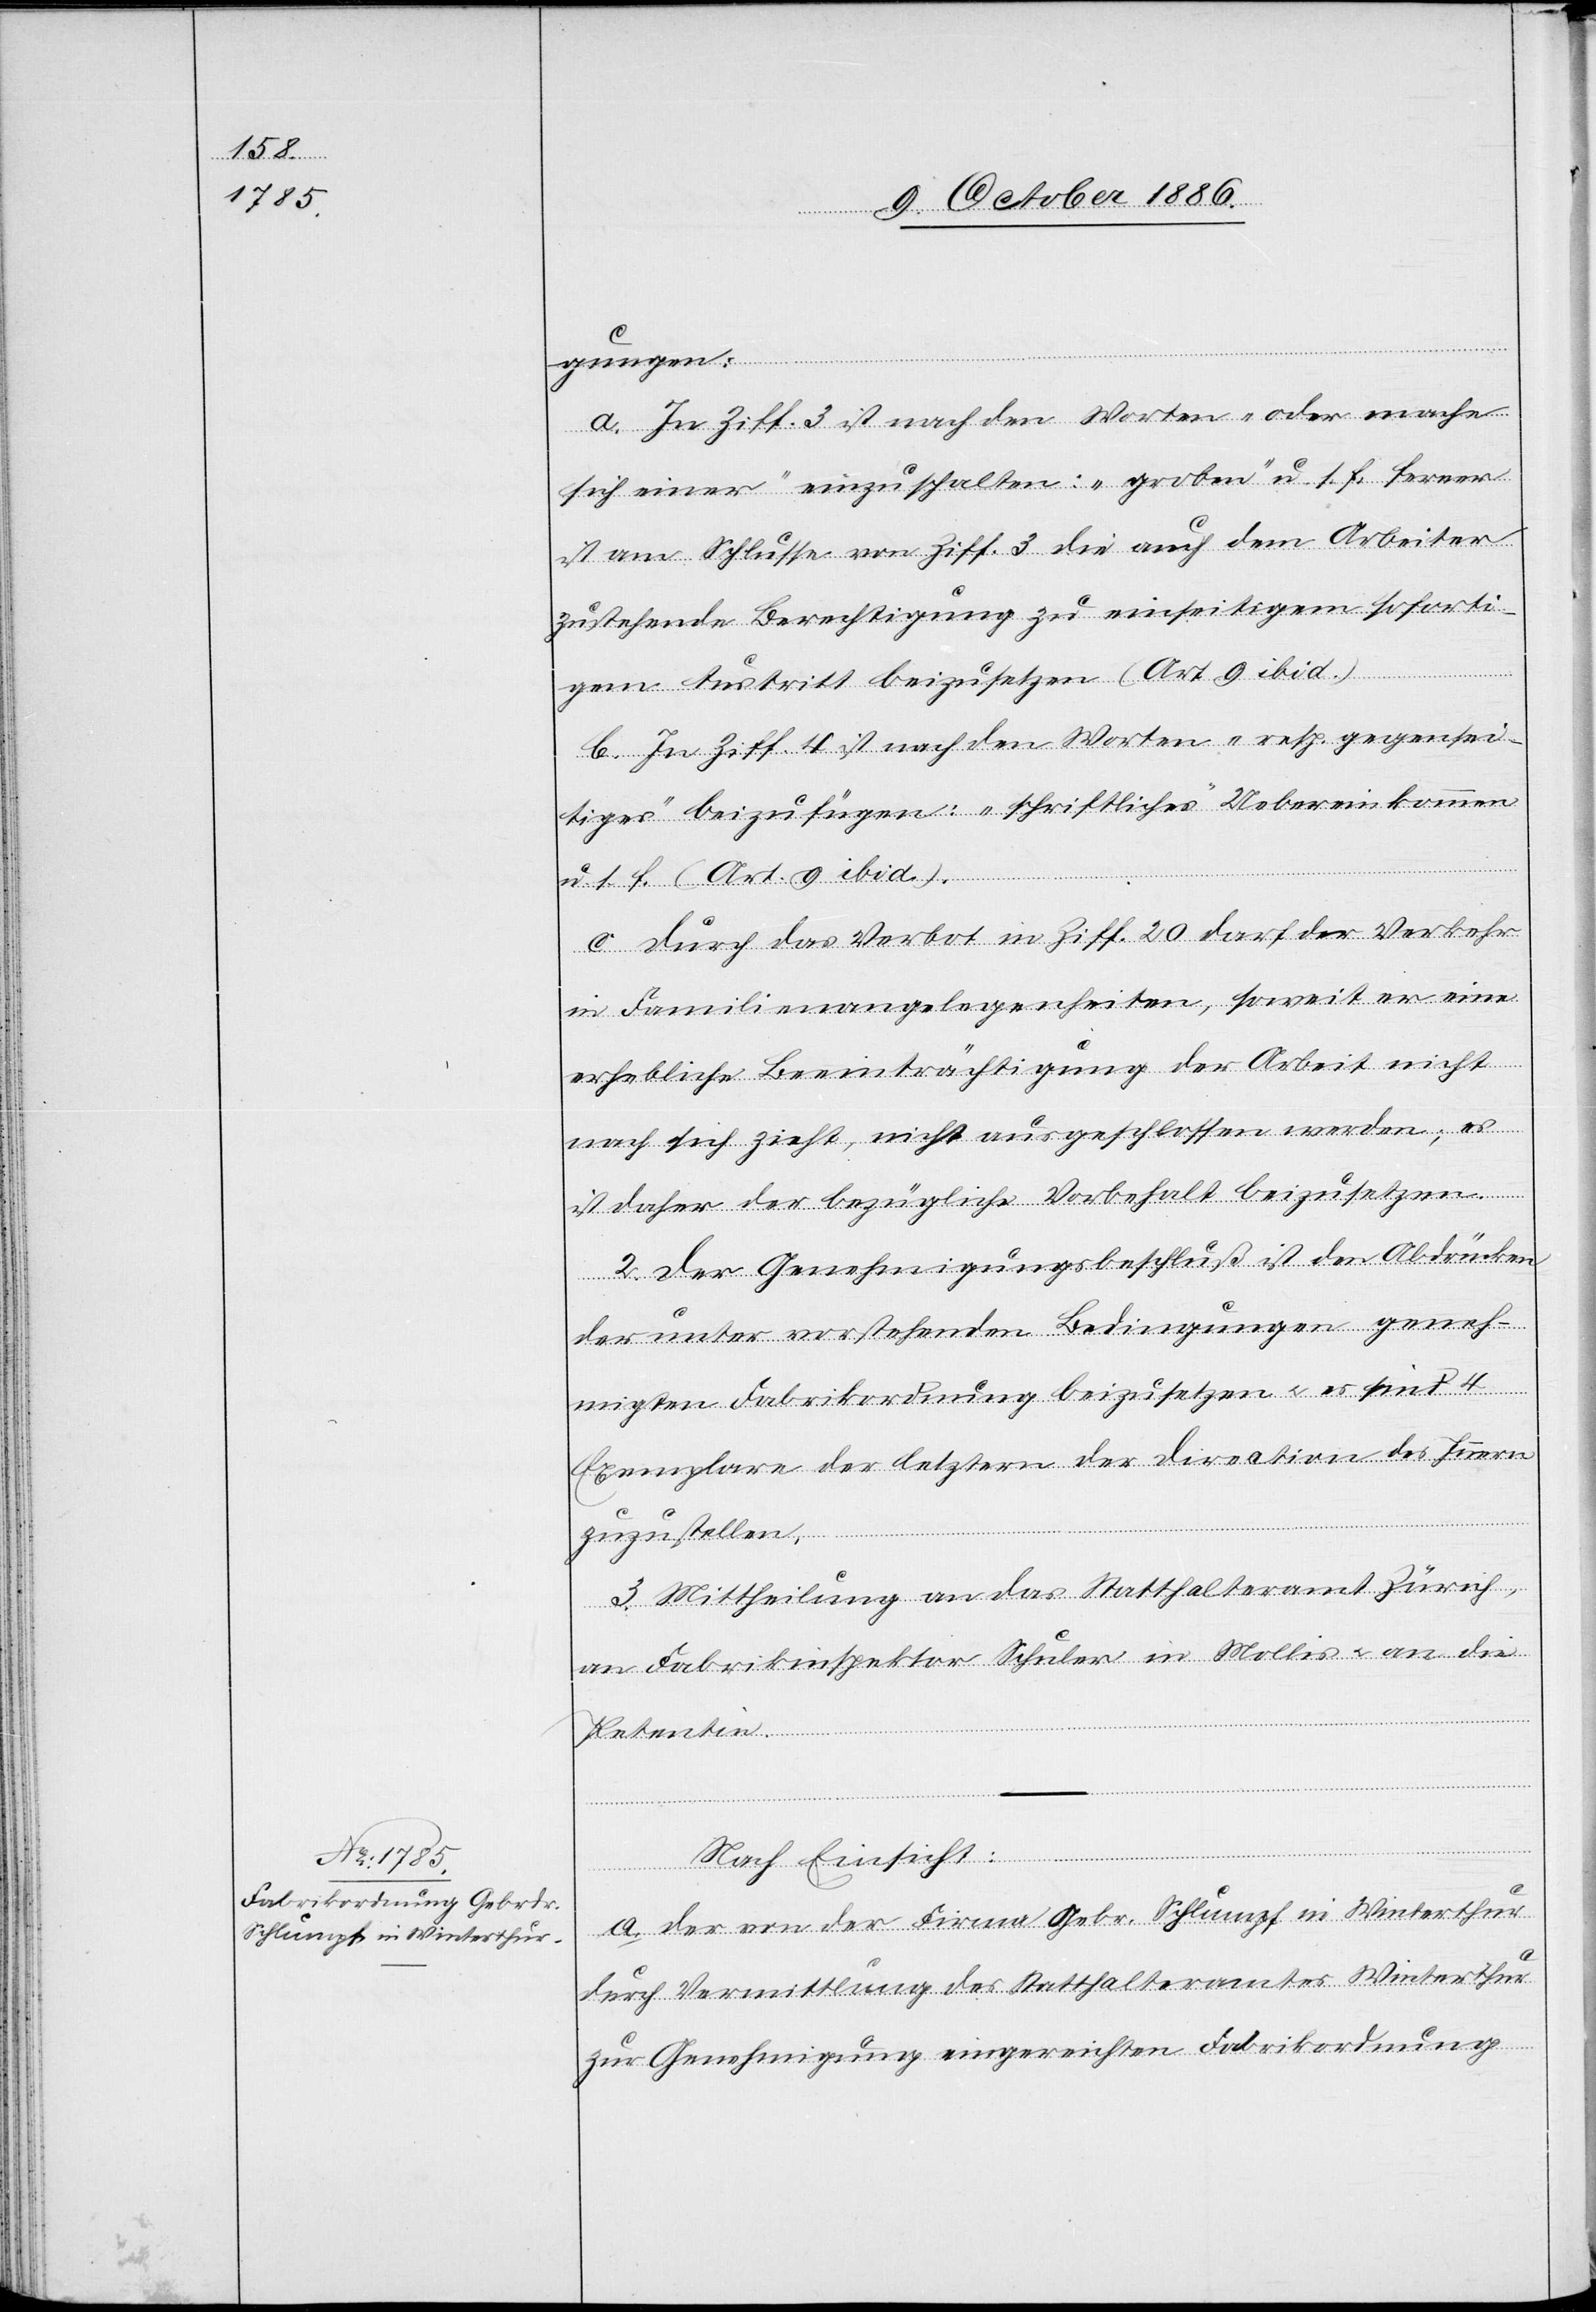
gungen:
a. In Ziff. 3 ist nach den Worten „oder mache
sich einer“ einzuschalten: „groben“ u. s. f.[,] ferner
ist am Schlusse von Ziff. 3 die auch dem Arbeiter
zustehende Berechtigung zu einseitigem soforti¬
gem Austritt beizusetzen (Art. 9 ibid.).
c. Durch das Verbot in Ziff. 20 darf der Verkehr
in Familienangelegenheiten, soweit er eine
erhebliche Beeinträchtigung der Arbeit nicht
nach sich zieht, nicht ausgeschlossen werden; es
ist daher der bezügliche Vorbehalt beizusetzen.
2. Der Genehmigungsbeschluß ist den Abdrücken
der unter vorstehenden Bedingungen geneh¬
migten Fabrikordnung beizusetzen & es sind 4
Exemplare der letztern der Direction des Innern
zuzustellen.
3. Mittheilung an das Statthalteramt Zürich,
an Fabrikinspektor Schuler in Mollis & an die
Petentin.
Nach Einsicht:
a. der von der Firma Gebr. Schlumpf in Winterthur
durch Vermittlung des Statthalteramtes Winterthur
zur Genehmigung eingereichten Fabrikordnung